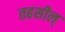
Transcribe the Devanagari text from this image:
तहसील्